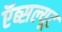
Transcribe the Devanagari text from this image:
ऍब्सल्यूट